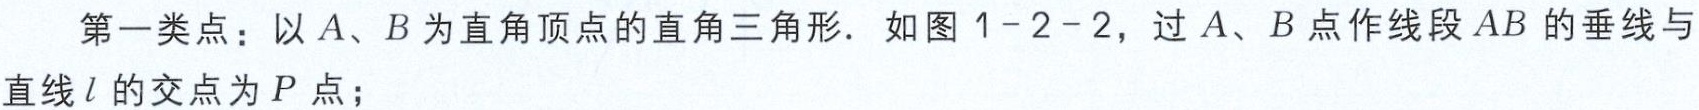
第一类点：以\(A、B\)为直角顶点的直角三角形. 如图\(1 - 2 - 2\)，过\(A、B\)点作线段\(AB\)的垂线与直线\(l\)的交点为\(P\)点；